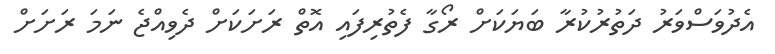
އެދުވަސްވަރު ދަތުރުކުރާ ބަޔަކަށް ރޯގާ ފެތުރިފައި އޮތް ރަށަކަށް ދެވިއްޖެ ނަމަ ރަށަށް